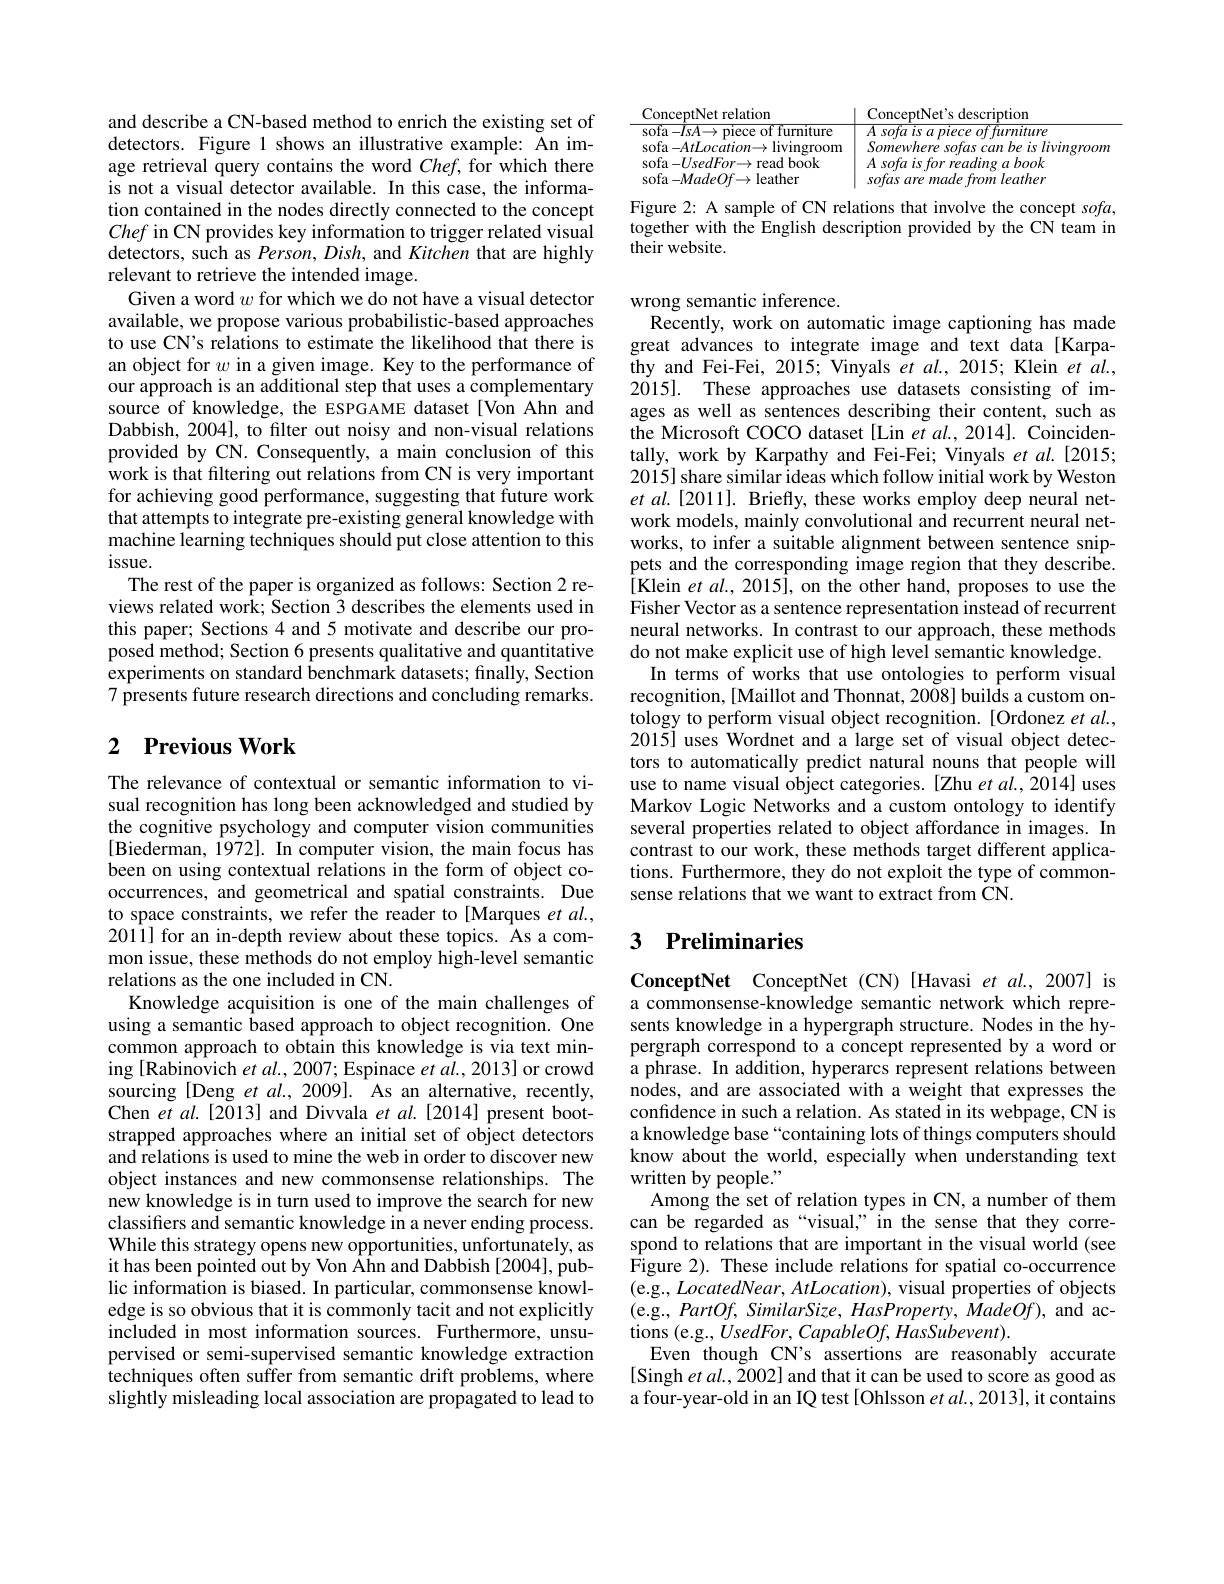
and describe a CN-based method to enrich the existing set of detectors. Figure 1 shows an illustrative example: An image retrieval query contains the word $Chef$, for which there is not a visual detector available. In this case, the information contained in the nodes directly connected to the concept Chef in CN provides key information to trigger related visual detectors, such as Person, Dish, and Kitchen that are highly relevant to retrieve the intended image.
Given a word $w$ for which we do not have a visual detector available, we propose various probabilistic-based approaches to use CN's relations to estimate the likelihood that there is an object for $w$ in a given image. Key to the performance of our approach is an additional step that uses a complementary source of knowledge, the ESPGAME dataset[Von Ahn and Dabbish, 2004], to filter out noisy and non-visual relations provided by CN. Consequently, a main conclusion of this work is that filtering out relations from CN is very important for achieving good performance, suggesting that future work that attempts to integrate pre-existing general knowledge with machine learning techniques should put close attention to this issue.
The rest of the paper is organized as follows: Section 2 reviews related work; Section 3 describes the elements used in this paper; Sections 4 and 5 motivate and describe our proposed method; Section 6 presents qualitative and quantitative experiments on standard benchmark datasets; finally, Section 7 presents future research directions and concluding remarks.

## 2 $\textbf{Previous Work}$

The relevance of contextual or semantic information to visual recognition has long been acknowledged and studied by the cognitive psychology and computer vision communities [Biederman, 1972]. In computer vision, the main focus has been on using contextual relations in the form of object cooccurrences, and geometrical and spatial constraints. Due to space constraints, we refer the reader to [Marques et al., 2011] for an in-depth review about these topics. As a common issue, these methods do not employ high-level semantic relations as the one included in CN.
Knowledge acquisition is one of the main challenges of using a semantic based approach to object recognition. One common approach to obtain this knowledge is via text mining [Rabinovich et al., 2007; Espinace $et\textit{al. , 2013}]$ or crowd sourcing [Deng et al., 2009]. As an alternative, recently, Chen $etal.[2013]$ and Divvala $etal.[2014]$ present bootstrapped approaches where an initial set of object detectors and relations is used to mine the web in order to discover new object instances and new commonsense relationships. The new knowledge is in turn used to improve the search for new classifiers and semantic knowledge in a never ending process. While this strategy opens new opportunities, unfortunately, as it has been pointed out by Von Ahn and Dabbish [2004], public information is biased. In particular, commonsense knowledge is so obvious that it is commonly tacit and not explicitly included in most information sources. Furthermore, unsupervised or semi-supervised semantic knowledge extraction techniques often suffer from semantic drift problems, where slightly misleading local association are propagated to lead to

<table>
	<tbody>
		<tr>
			<th>ConceptNet relation</th>
			<th>ConceptNet's description</th>
		</tr>
		<tr>
			<td>$\operatorname{sofa}-IsA\to\operatorname{piece~of~furniture}$</td>
			<td>$A\textit{sofa is a piece of furmiture}$</td>
		</tr>
		<tr>
			<td>sofa- AtI ocation$\to$ ${\mathrm{~livingroom}}$</td>
			<td>Somewheresofascanbeislivingroom</td>
		</tr>
		<tr>
			<td>sofa-$UsedFor\to$read book</td>
			<td>$A\textit{sofa is for reading a book}$</td>
		</tr>
		<tr>
			<td>$sofa- MadeOf\to$leather</td>
			<td>sofas are made from leather</td>
		</tr>
	</tbody>
</table>

Figure 2: A sample of CN relations that involve the concept $sofa$, together with the English description provided by the CN team in their website.

wrong semantic inference.
Recently, work on automatic image captioning has made great advances to integrate image and text data[Karpathy and Fei-Fei, 2015; Vinyals et $al.,2015;$ Klein $et$ al., 2015]. These approaches use datasets consisting of images as well as sentences describing their content, such as the Microsoft COCO dataset [Lin et al., 2014]. Coincidentally, work by Karpathy and Fei-Fei; Vinyals et al.[2015; 2015] share similar ideas which follow initial work by Weston et al.[2011]. Briefly, these works employ deep neural network models, mainly convolutional and recurrent neural networks, to infer a suitable alignment between sentence snippets and the corresponding image region that they describe. [Klein et al., 2015], on the other hand, proposes to use the Fisher Vector as a sentence representation instead of recurrent neural networks. In contrast to our approach, these methods do not make explicit use of high level semantic knowledge.
In terms of works that use ontologies to perform visual recognition, [Maillot and Thonnat, 2008] builds a custom ontology to perform visual object recognition.[Ordonez et al., 2015] uses Wordnet and a large set of visual object detectors to automatically predict natural nouns that people will use to name visual object categories. [Zhu et al.,2014] uses Markov Logic Networks and a custom ontology to identify several properties related to object affordance in images. In contrast to our work, these methods target different applications. Furthermore, they do not exploit the type of commonsense relations that we want to extract from CN.

## 3 Preliminaries

ConceptNet ConceptNet (CN) [Havasi et al.,2007] is a commonsense-knowledge semantic network which represents knowledge in a hypergraph structure. Nodes in the hypergraph correspond to a concept represented by a word or a phrase. In addition, hyperarcs represent relations between nodes, and are associated with a weight that expresses the confidence in such a relation. As stated in its webpage, CN is a knowledge base “containing lots of things computers should know about the world, especially when understanding text written by people."
Among the set of relation types in CN, a number of them can be regarded as“visual,”in the sense that they correspond to relations that are important in the visual world (see Figure 2). These include relations for spatial co-occurrence (e.g., LocatedNear, AtLocation), visual properties of objects tions (e.g., UsedFor, CapableOf, HasSubevent).
Even though CN's assertions are reasonably accurate [Singh et al., 2002] and that it can be used to score as good as a four-year-old in an IQ test [Ohlsson et al., 2013], it contains